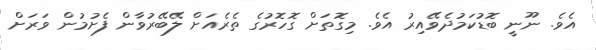
އެވެ. ނޫނީ ބޮޑުކަމުދެވޭއިރު އެވެ. މިގޮތަށް ގޮހޮރުގެ ތެރެއަށް ލޭބޭރުވާން ފެށުމުން ވަރަށް